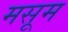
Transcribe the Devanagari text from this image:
मसूम